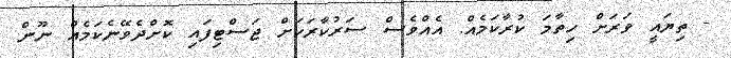
- ތިޔައީ ވަރަށް ހިތާމަ ކުރާކަމެއް. އެއްވެސް ސަރުކާރަކަށް ޖަސްޓިފައި ކޮށްދެވޭނެކަމެއް ނޫން